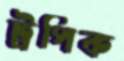
ট্রপিক